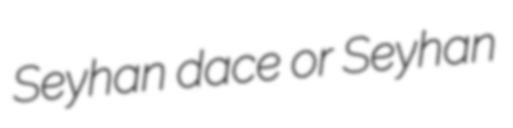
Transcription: Seyhan dace or Seyhan